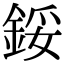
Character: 鋖